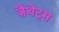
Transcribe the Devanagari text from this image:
ज़ैथेट्स